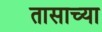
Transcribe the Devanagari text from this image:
तासाच्‍या